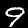
Label: 9